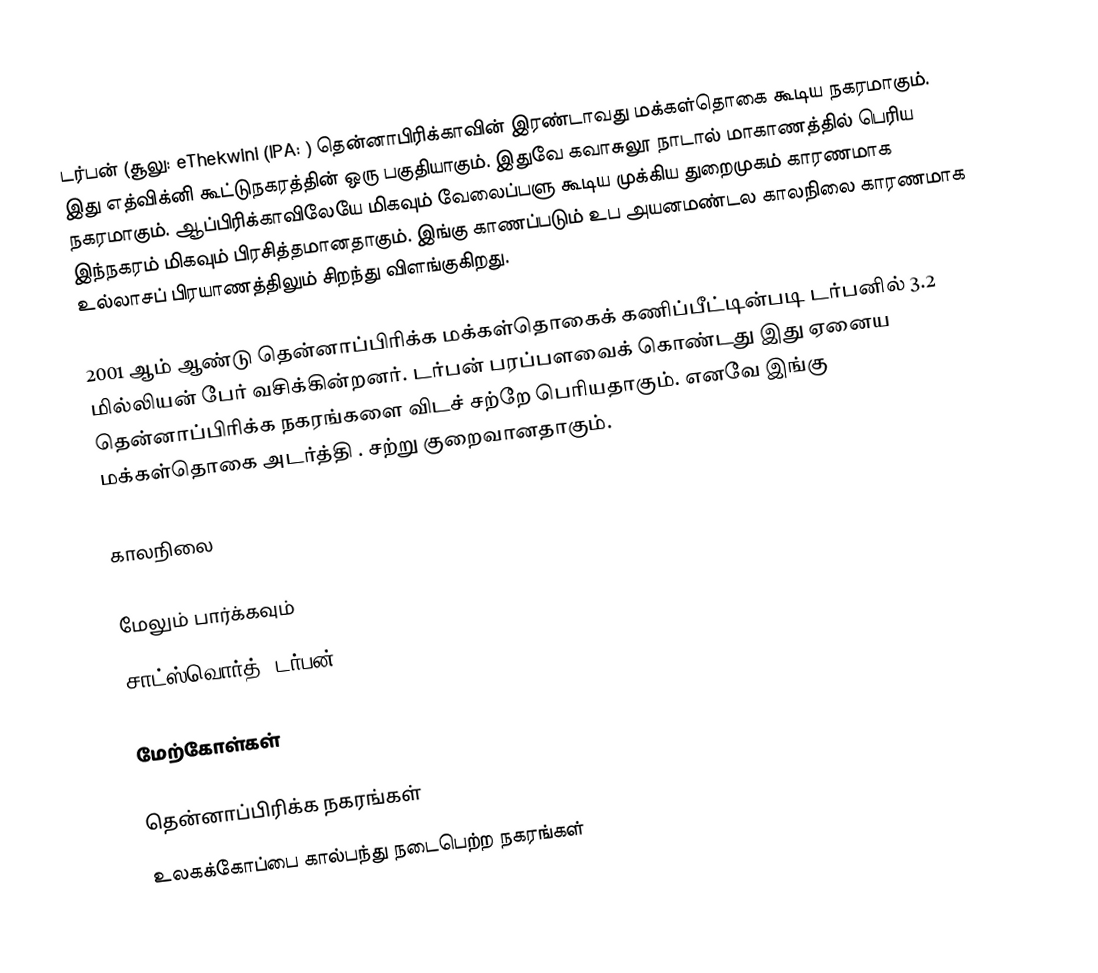
டர்பன் (சூலு: eThekwini (IPA: ) தென்னாபிரிக்காவின் இரண்டாவது மக்கள்தொகை கூடிய நகரமாகும். இது எத்விக்னி கூட்டுநகரத்தின் ஒரு பகுதியாகும். இதுவே கவாசுலூ நாடால் மாகாணத்தில் பெரிய நகரமாகும். ஆப்பிரிக்காவிலேயே மிகவும் வேலைப்பளு கூடிய முக்கிய துறைமுகம் காரணமாக இந்நகரம் மிகவும் பிரசித்தமானதாகும். இங்கு காணப்படும் உப அயனமண்டல காலநிலை காரணமாக உல்லாசப் பிரயாணத்திலும் சிறந்து விளங்குகிறது.

2001 ஆம் ஆண்டு தென்னாப்பிரிக்க மக்கள்தொகைக் கணிப்பீட்டின்படி டர்பனில் 3.2 மில்லியன் பேர் வசிக்கின்றனர். டர்பன்  பரப்பளவைக் கொண்டது இது ஏனைய தென்னாப்பிரிக்க நகரங்களை விடச் சற்றே பெரியதாகும். எனவே இங்கு மக்கள்தொகை அடர்த்தி . சற்று குறைவானதாகும்.

காலநிலை

மேலும் பார்க்கவும்
சாட்ஸ்வொர்த், டர்பன்

மேற்கோள்கள்

தென்னாப்பிரிக்க நகரங்கள்
உலகக்கோப்பை கால்பந்து நடைபெற்ற நகரங்கள்